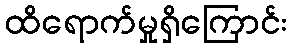
ထိရောက်မှုရှိကြောင်း